Report on sanitation, dispensaries, and jails in Rajputana for 1917, and on vaccination for the year 1917-1918 - 1917-1918
Year: 1917
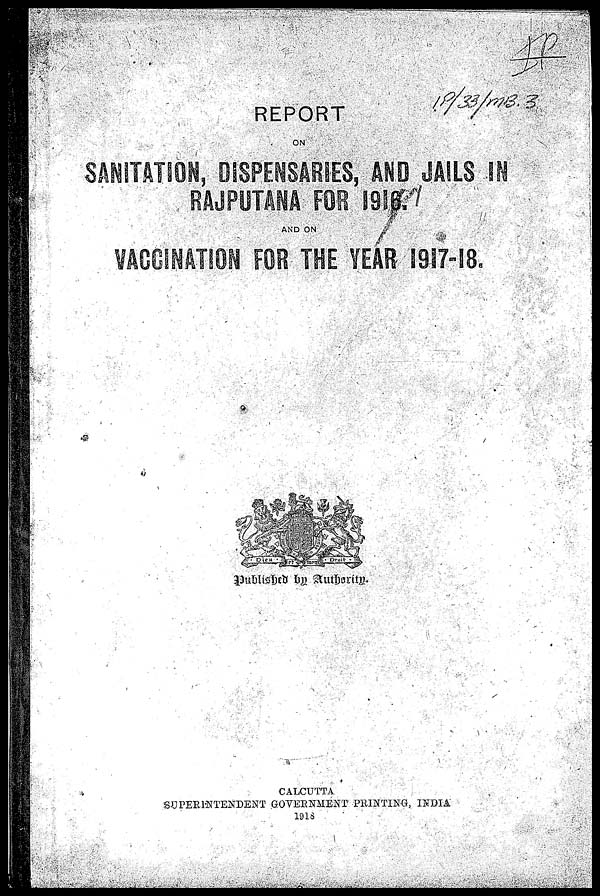
REPORT
ON
SANITATION, DISPENSARIES, AND JAILS IN
RAJPUTANA FOR 1916.
AND ON
VACCINATION FOR THE YEAR 1917-18.
Published by Authority.
CALCUTTA
SUPERINTENDENT GOVERNMENT PRINTING, INDIA
1918